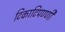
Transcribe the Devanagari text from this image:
टिकाटिपण्णी